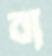
বা